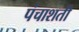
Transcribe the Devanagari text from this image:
पंचाशती